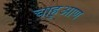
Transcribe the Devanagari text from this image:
चाहुआण